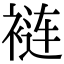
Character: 裢